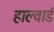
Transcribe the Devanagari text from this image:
हाल्वार्ड